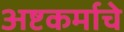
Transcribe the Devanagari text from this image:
अष्टकर्माचे